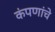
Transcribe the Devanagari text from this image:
कंपणांचे